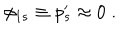
\phi _ { 1 s } \equiv p _ { s } ^ { \prime } \approx 0 \; .